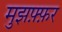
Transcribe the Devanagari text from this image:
मुझफ़्फ़र